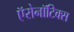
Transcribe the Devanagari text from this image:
ऍरोनॉटिक्स